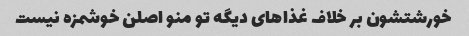
خورشتشون بر خلاف غذاهای دیگه تو منو اصلن خوشمزه نیست